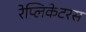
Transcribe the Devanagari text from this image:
रेप्लिकेटरस